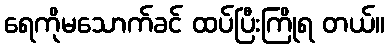
ရေကိုမသောက်ခင် ထပ်ပြီးကြိုရ တယ်။